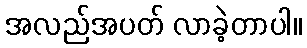
အလည်အပတ် လာခဲ့တာပါ။